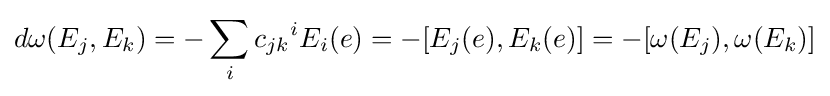
d\omega (E_{j},E_{k})=-\sum _{i}{c_{jk}}^{i}E_{i}(e)=-[E_{j}(e),E_{k}(e)]=-[\omega (E_{j}),\omega (E_{k})]